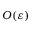
O ( \varepsilon )